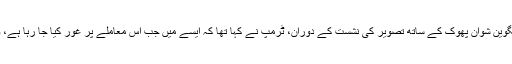
بدھ کے روز ویتنام کے وزیر اعظم نگوین شوان پھوک کے ساتھ تصویر کی نشست کے دوران، ٹرمپ نے کہا تھا کہ ایسے میں جب اس معاملے پر غور کیا جا رہا ہے، وہ دونوں اطراف کی آراٴ سن رہے ہیں۔